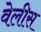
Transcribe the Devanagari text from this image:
वेलीस